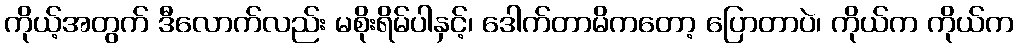
ကိုယ့်အတွက် ဒီလောက်လည်း မစိုးရိမ်ပါနှင့်၊ ဒေါက်တာမိကတော့ ပြောတာပဲ၊ ကိုယ်က ကိုယ်က